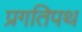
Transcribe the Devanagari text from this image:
प्रगतिपथ